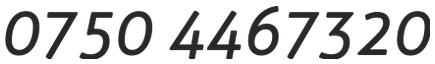
0750 4467320